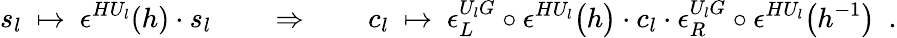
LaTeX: s_{l}\ \mapsto\ \epsilon^{HU_{l}}(h)\cdot s_{l}\quad\quad\Rightarrow\quad\quad c_{l}\ \mapsto\ \epsilon_{L}^{U_{l}G}\circ\epsilon^{HU_{l}}\bigl(h\bigr)\cdot c_{l}\cdot\epsilon_{R}^{U_{l}G}\circ\epsilon^{HU_{l}}\bigl(h^{-1}\bigr)\ \ .